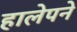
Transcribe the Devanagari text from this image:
हालेपने